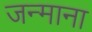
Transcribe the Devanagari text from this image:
जन्माना